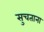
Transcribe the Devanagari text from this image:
सुचताना